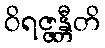
ဝိရဇ္ဇန္တီတိ